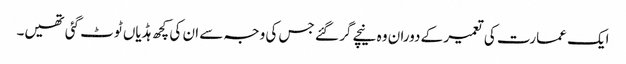
ایک عمارت کی تعمیر کے دوران وہ نیچے گر گئے جس کی وجہ سے ان کی کچھ ہڈیاں ٹوٹ گئی تھیں۔